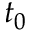
t _ { 0 }